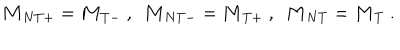
{ \bf M } _ { N T + } = { \bf M } _ { T - } \ , \ \ { \bf M } _ { N T - } = { \bf M } _ { T + } \ , \ \ { \bf M } _ { N T } = { \bf M } _ { T } \ .